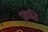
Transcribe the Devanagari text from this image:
प्रृकति